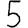
Digit: 5